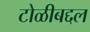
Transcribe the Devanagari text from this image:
टोळीबद्दल